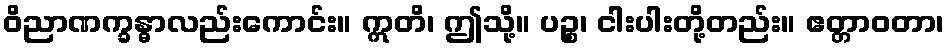
ဝိညာဏက္ခန္ဓာလည်းကောင်း။ ဣတိ၊ ဤသို့။ ပဉ္စ၊ ငါးပါးတို့တည်း။ ဧတ္တာဝတာ၊